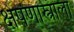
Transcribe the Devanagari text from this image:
क्षेपणास्त्राला